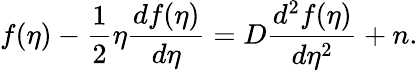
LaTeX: f(\eta)-\frac{1}{2}\eta\frac{df(\eta)}{d\eta}=D\frac{d^{2}f(\eta)}{d\eta^{2}}+n.